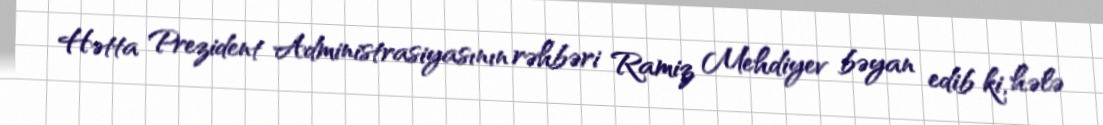
Hətta Prezident Administrasiyasının rəhbəri Ramiz Mehdiyev bəyan edib ki, hələ